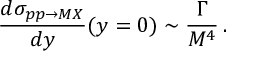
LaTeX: \frac { d \sigma _ { p p \rightarrow M X } } { d y } ( y = 0 ) \sim \frac { \Gamma } { M ^ { 4 } } \, .